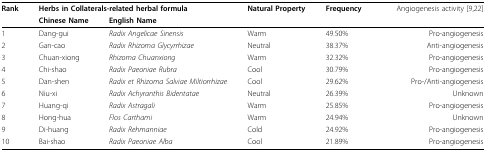
| <ROWSPAN=2> Rank | <COLSPAN=2> Herbs in Collaterals-related herbal formula | <ROWSPAN=2> Natural Property | <ROWSPAN=2> Frequency | <ROWSPAN=2> Angiogenesis activity [9,22] |
 | Chinese Name | English Name |
 | --- | --- | --- | --- | --- | --- |
 | 1 | Dang-gui | Radix Angelicae Sinensis | Warm | 49.50% | Pro-angiogenesis |
 | 2 | Gan-cao | Radix Rhizoma Glycyrrhizae | Neutral | 38.37% | Anti-angiogenesis |
 | 3 | Chuan-xiong | Rhizoma Chuanxiong | Warm | 32.32% | Pro-angiogenesis |
 | 4 | Chi-shao | Radix Paeoniae Rubra | Cool | 30.79% | Pro-angiogenesis |
 | 5 | Dan-shen | Radix et Rhizoma Salviae Miltiorrhizae | Cool | 29.62% | Pro-/Anti-angiogenesis |
 | 6 | Niu-xi | Radix Achyranthis Bidentatae | Neutral | 26.39% | Unknown |
 | 7 | Huang-qi | Radix Astragali | Warm | 25.85% | Pro-angiogenesis |
 | 8 | Hong-hua | Flos Carthami | Warm | 24.94% | Unknown |
 | 9 | Di-huang | Radix Rehmanniae | Cold | 24.92% | Pro-angiogenesis |
 | 10 | Bai-shao | Radix Paeoniae Alba | Cool | 21.89% | Pro-angiogenesis |